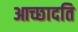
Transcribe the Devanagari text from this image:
आच्‍छादति